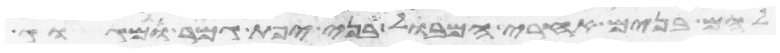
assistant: להם בנים אחרי המבול בני יפת גמר ומגוג